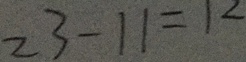
2 3 - 1 1 = 1 2